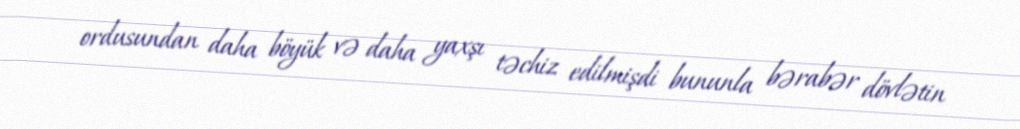
ordusundan daha böyük və daha yaxşı təchiz edilmişdi bununla bərabər dövlətin